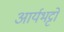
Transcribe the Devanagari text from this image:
आर्यभट्टो